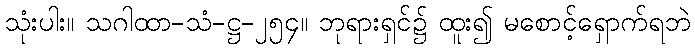
သုံးပါး။ သဂါထာ-သံ-ဋ္ဌ-၂၅၄။ ဘုရားရှင်၌ ထူး၍ မစောင့်ရှောက်ရဘဲ